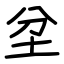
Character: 坌